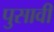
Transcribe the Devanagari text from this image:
पुसावी